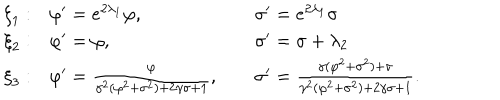
LaTeX: \begin{array} { l l l } { { { \xi } _ { 1 } : } } & { { \varphi ^ { \prime } = e ^ { 2 { \lambda } _ { 1 } } \varphi , \; \; } } & { { { \sigma } ^ { \prime } = e ^ { 2 { \lambda } _ { 1 } } \sigma } } \\ { { { \xi } _ { 2 } : } } & { { \varphi ^ { \prime } = \varphi , \; } } & { { { \sigma } ^ { \prime } = \sigma + { \lambda } _ { 2 } } } \\ { { { \xi } _ { 3 } : } } & { { \varphi ^ { \prime } = \frac { \varphi } { \gamma ^ { 2 } ( \varphi ^ { 2 } + \sigma ^ { 2 } ) + 2 \gamma \sigma + 1 } , \; } } & { { \sigma ^ { \prime } = \frac { \gamma ( \varphi ^ { 2 } + \sigma ^ { 2 } ) + \sigma } { \gamma ^ { 2 } ( \varphi ^ { 2 } + \sigma ^ { 2 } ) + 2 \gamma \sigma + 1 } . } } \\ \end{array}